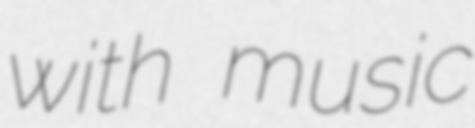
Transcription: with music